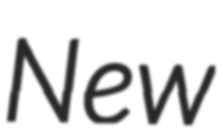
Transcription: New